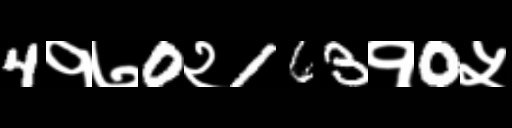
Text: 4१७0२163१0५